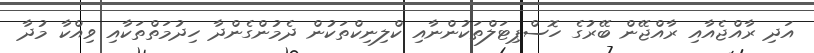
އަދި ރާއްޖެއާއި ރާއްޖޭން ބޭރުގެ ހޮސްޕިޓަލްތަކުންނާއި ކްލިނިކްތަކުން ދެމުންގެންދާ ހިދުމަތްތަކާއި ވިއްކާ މުދާ